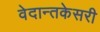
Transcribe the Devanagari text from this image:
वेदान्तकेसरी